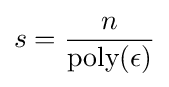
\displaystyle s={\frac {n}{{\text{poly}}(\epsilon )}}